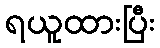
ရယူထားပြီး